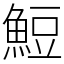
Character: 䱏